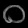
Digit: ၀